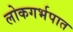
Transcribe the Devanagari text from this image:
लोकगर्भपात